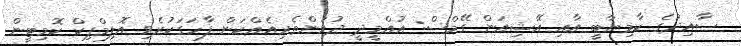
ސާއިދުގެ ކާމިޔާބީ އާއި އޭޝިއަން ގޭމްސް: އުއްމީދީ ދުވުންތެރިއެއްކަން ފާހަގަކުރެވި އޮލިމްޕިކް ކޮމިޓީން